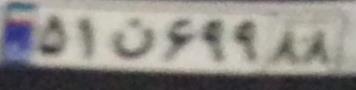
۵۱ن۶۹۹۸۸